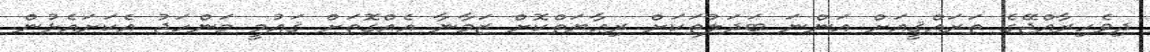
ދިވެހިރާއްޖޭގެ ތަރައްޤީއަށް އަންނަ ބަދަލުތަކަށް ރިޢާޔަތްކޮށް ޒަމާނާ އެއްގޮތަށް ޤައުމީ މަންހަޖު އެކަށައެޅުން.